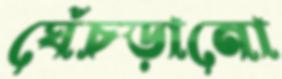
ঘেঁচড়ানো